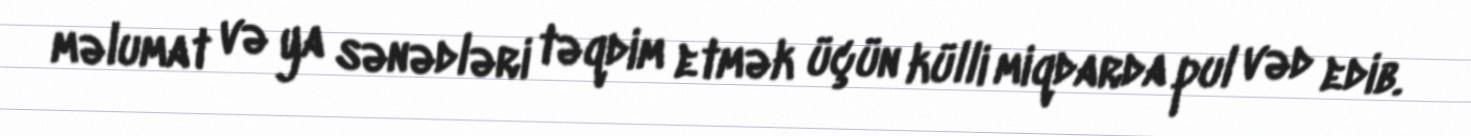
məlumat və ya sənədləri təqdim etmək üçün külli miqdarda pul vəd edib.